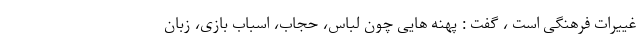
غییرات فرهنگی است ، گفت : پهنه هایی چون لباس، حجاب، اسباب بازی، زبان